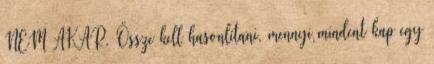
NEM AKAR. Össze kell hasonlítani, mennyi mindent kap egy